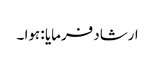
ارشاد فرمایا : ہوا ۔